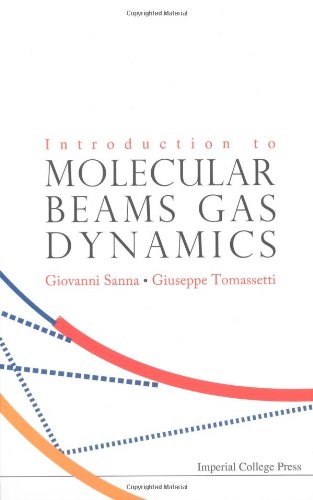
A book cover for Introduction to Molecular Beam Gas Dynamics; Giovanni Sanna; Science & Math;